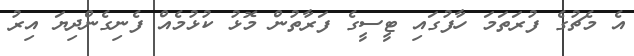
އެ މެޗުގެ ފުރަތަމަ ހާފުގައި ޓީސީގެ ފަރާތުން މޮޅު ކުޅުމެއް ފެނިގެންދިޔަ އިރު